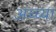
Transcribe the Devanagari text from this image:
अच्च्या